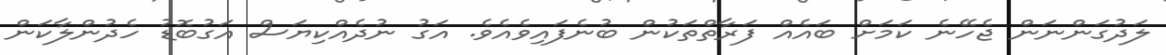
ލަދުގަންނަން ޖެހޭނެ ކަމަށް ބައެއް ފަރާތްތަކުން ބުނެފައިވެއެވެ. އަގު ނުދެއްކިޔަސް އަގުބޮޑު ހެދުންލާކަން